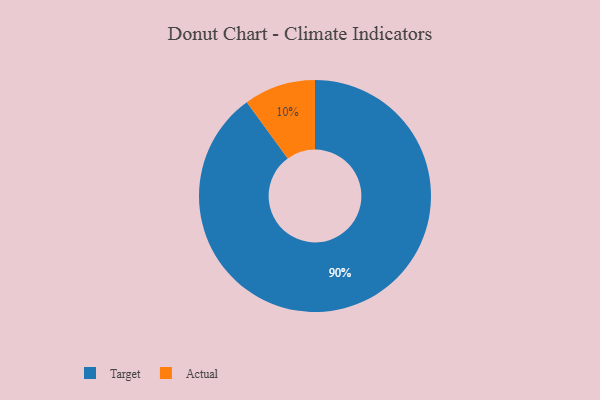
{"axis": {"x": "Category", "y": "Percentage"}, "legend": ["Actual", "Target"], "data": [{"x": "Target", "y": 90, "type": "Target"}, {"x": "Actual", "y": 10, "type": "Actual"}]}